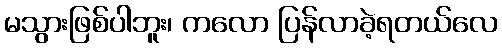
မသွားဖြစ်ပါဘူး၊ ကလော ပြန်လာခဲ့ရတယ်လေ